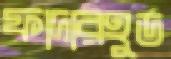
ফাদারহুড